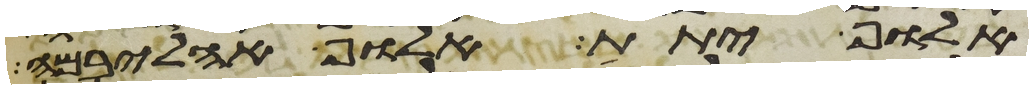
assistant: אלוף יתת אלוף אהליבמה